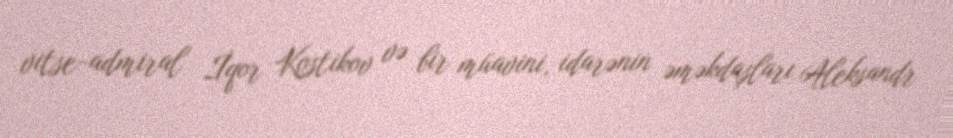
vitse-admiral İqor Kostikov və bir müavini, idarənin əməkdaşları Aleksandr